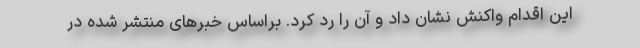
این اقدام واکنش نشان داد و آن را رد کرد. براساس خبرهای منتشر شده در